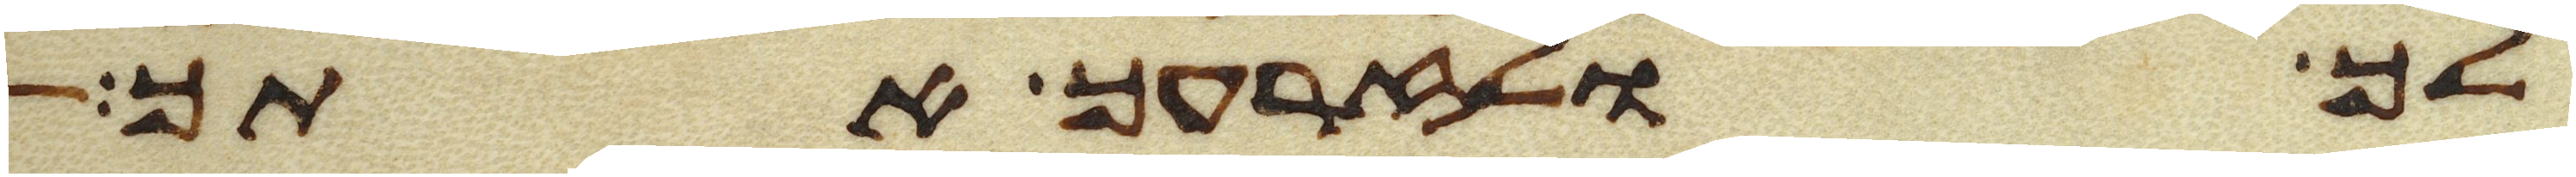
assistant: לך ולזרעך אתך